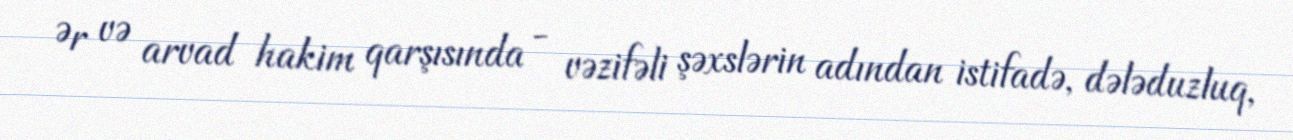
Ər və arvad hakim qarşısında - vəzifəli şəxslərin adından istifadə, dələduzluq,